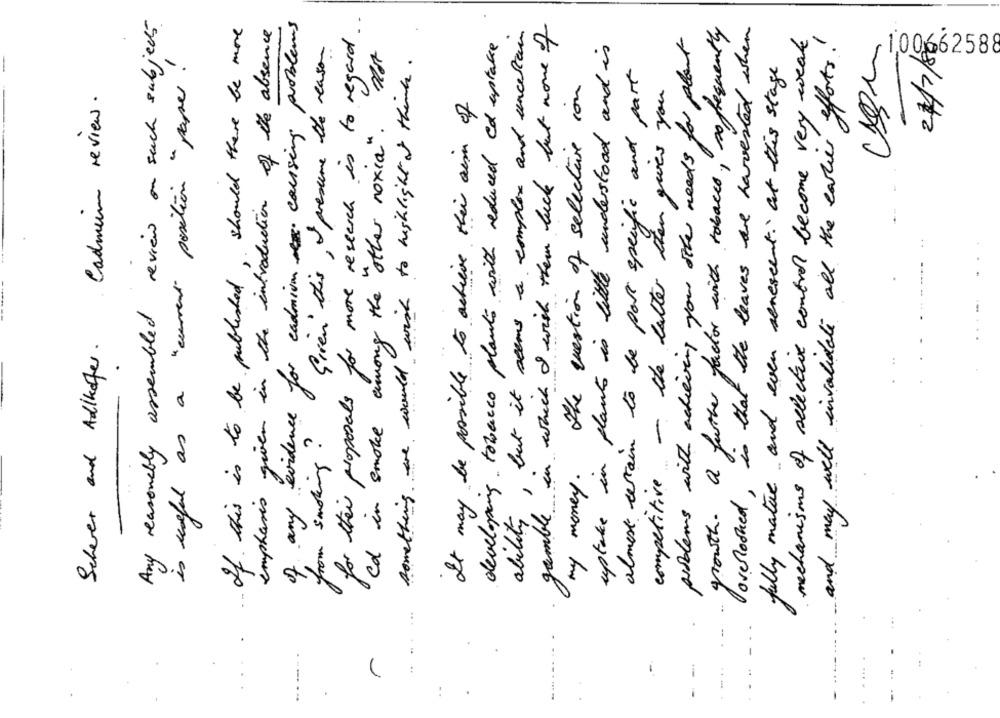
for their proposals for more research is to regard ..
Any reasonably assembled review on such subjects
of any evidence for cadmium causing problems
If. this is to be published, should there be more
emphases given in the introduction of the absence
ability, but it seems a complex and uncertain
gamble in which I wish them luck but none of
growth. A further factor with tobacco, so frequently
loverlooked , is that the leaves are harvested when
developing tobacco plants with reduced cd uptake
mechanisms of selective control become very weak
Grien this, I presume the reason
problems with achieving your other needs for plant
and may well invalidate all the earlier efforts.
uptake in plants is little understood and is
is useful as a "curent position " paper!
something we would wish to highlight of think.
100662588
almost certain to be part specific and part
fully mature and even senescent. at this stage
the question of selective ion
competitive - the latter them gives you
Scherer and Adkkafter . Cadmium review .
It may be possible to achieve their aim of
Cd in smoke among the other noxia " .
from smoking ?
my money .
..